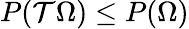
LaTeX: P(\mathcal T\Omega)\leq P(\Omega)